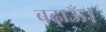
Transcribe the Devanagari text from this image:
बढ़ाऊँ।